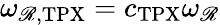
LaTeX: \omega_{\mathscr{R},\mathrm{{TPX}}}=c_{\mathrm{{TPX}}}\omega_{\mathscr{R}}